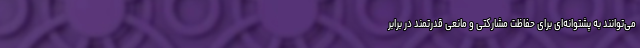
می‌توانند به پشتوانه‌ای برای حفاظت مشارکتی و مانعی قدرتمند در برابر